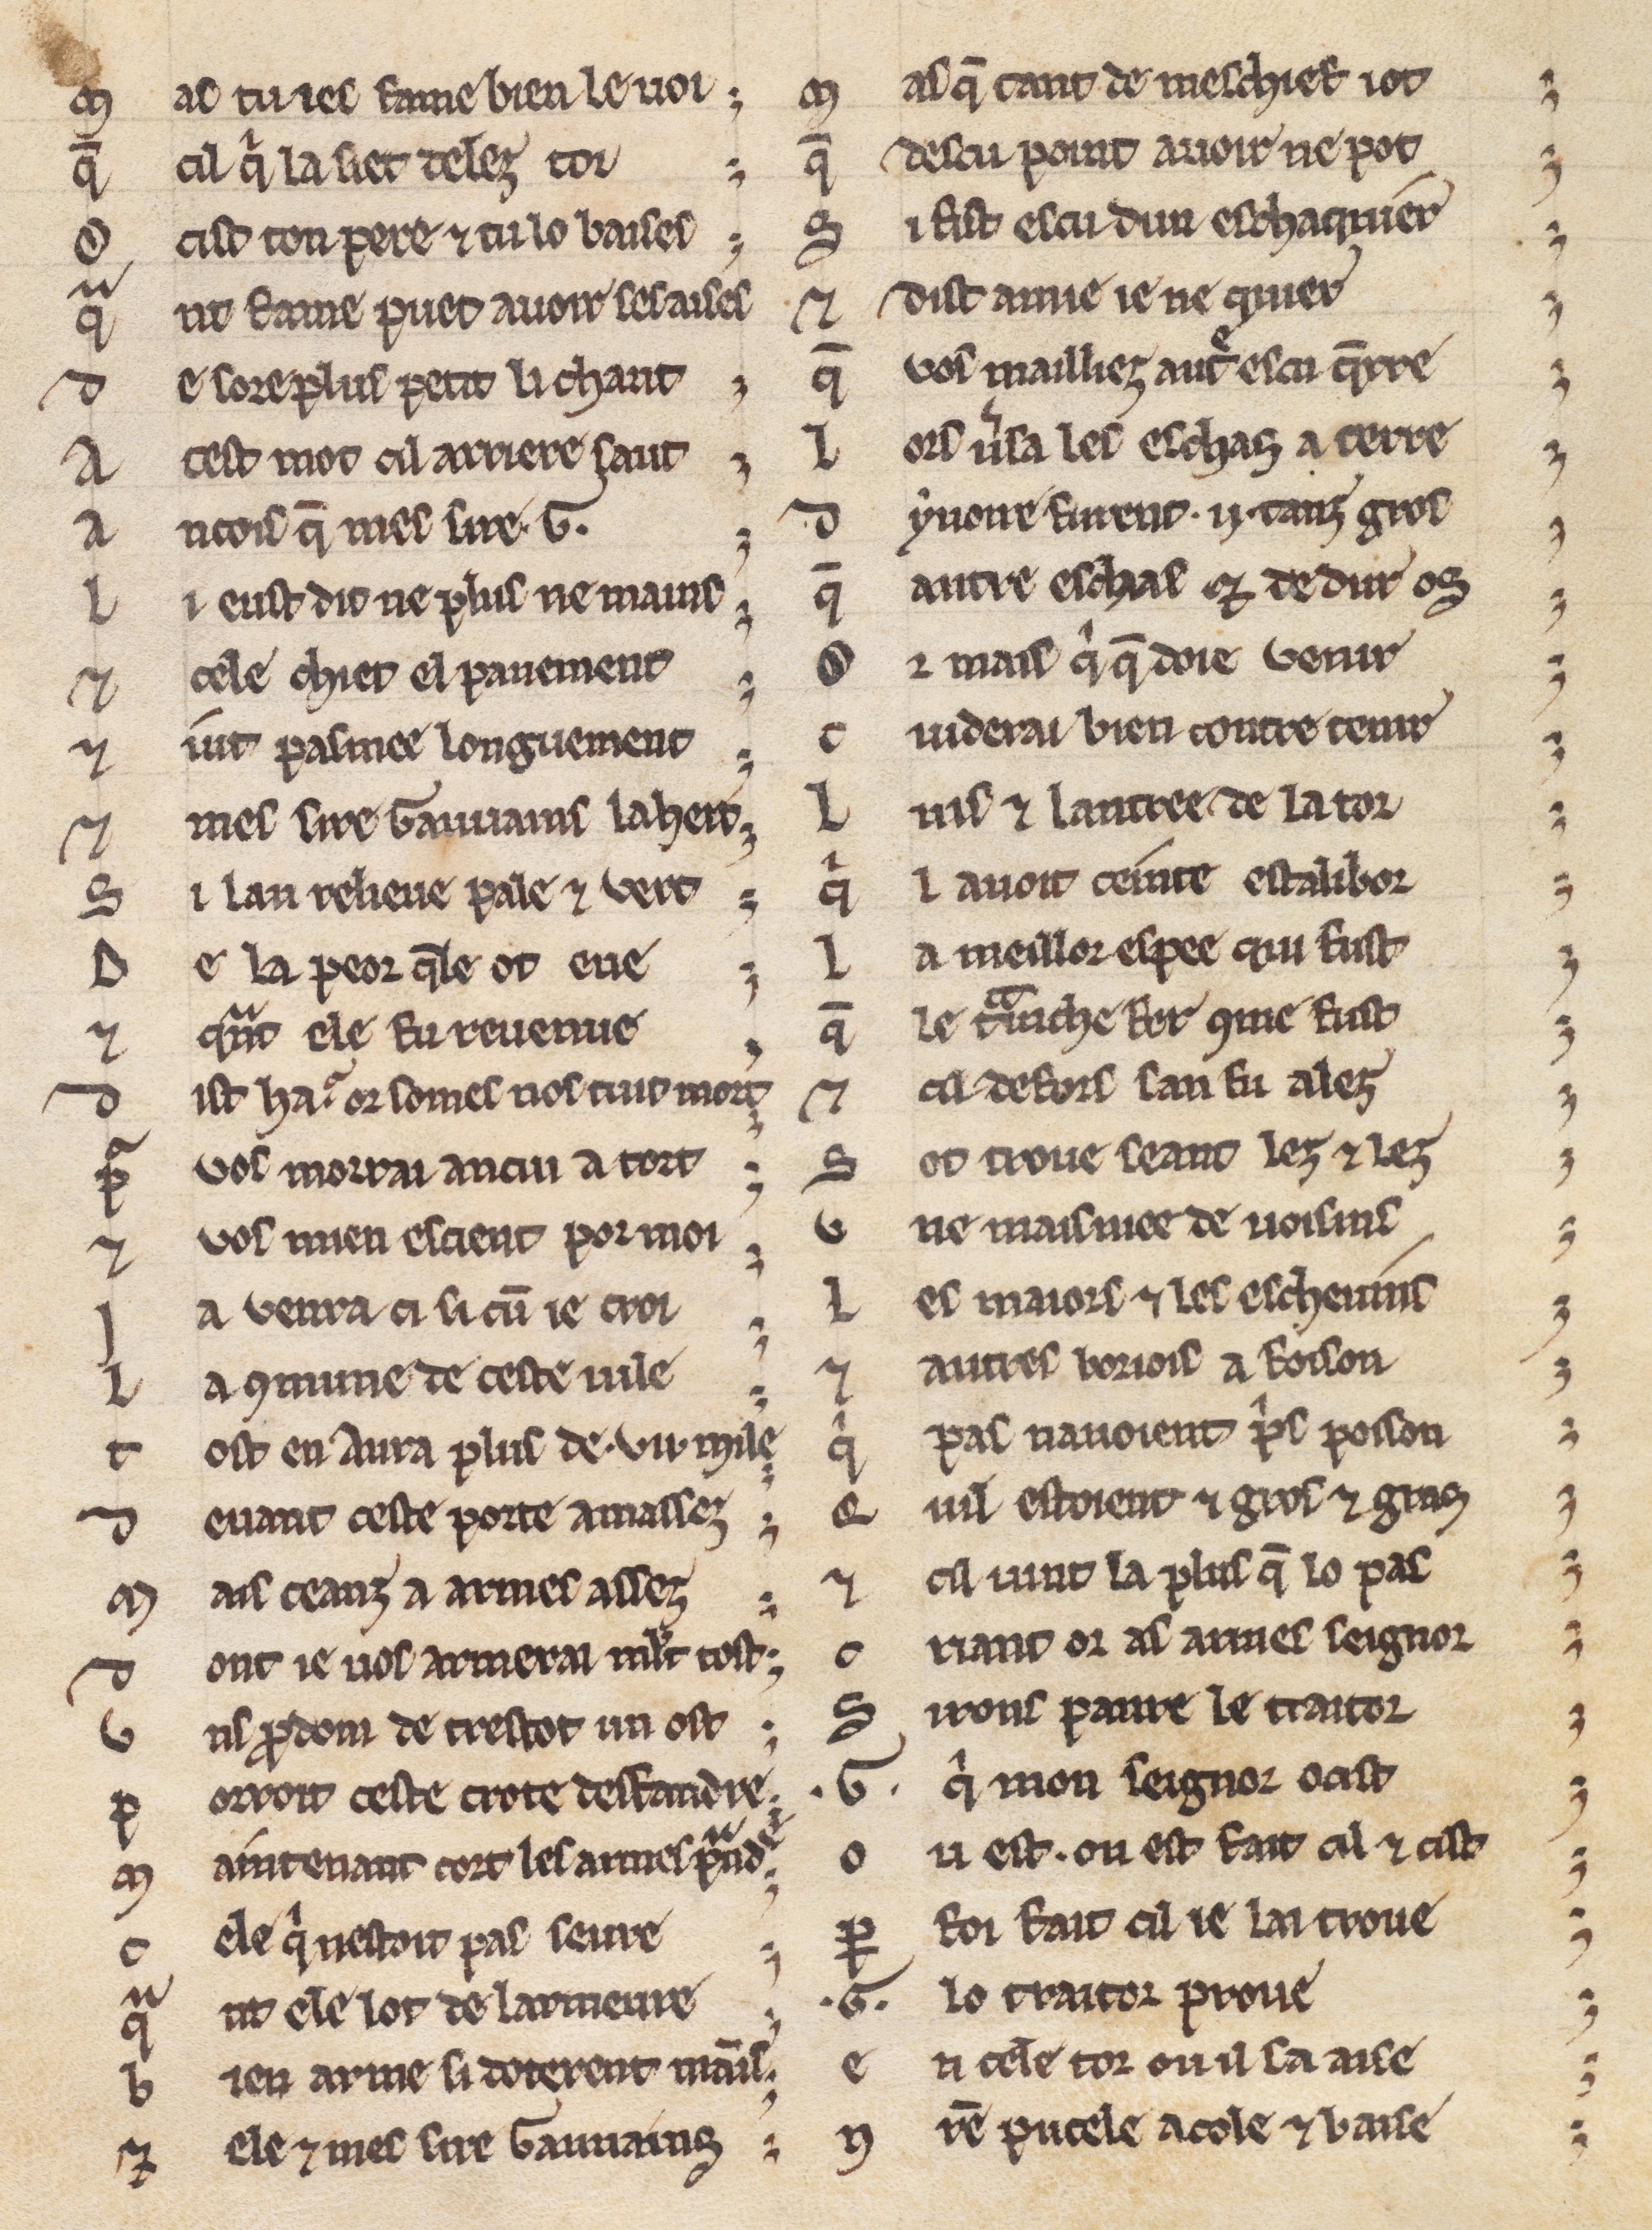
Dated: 1225–1249